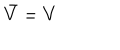
\bar { V } = V